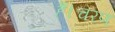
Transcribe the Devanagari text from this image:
हैं।चरण